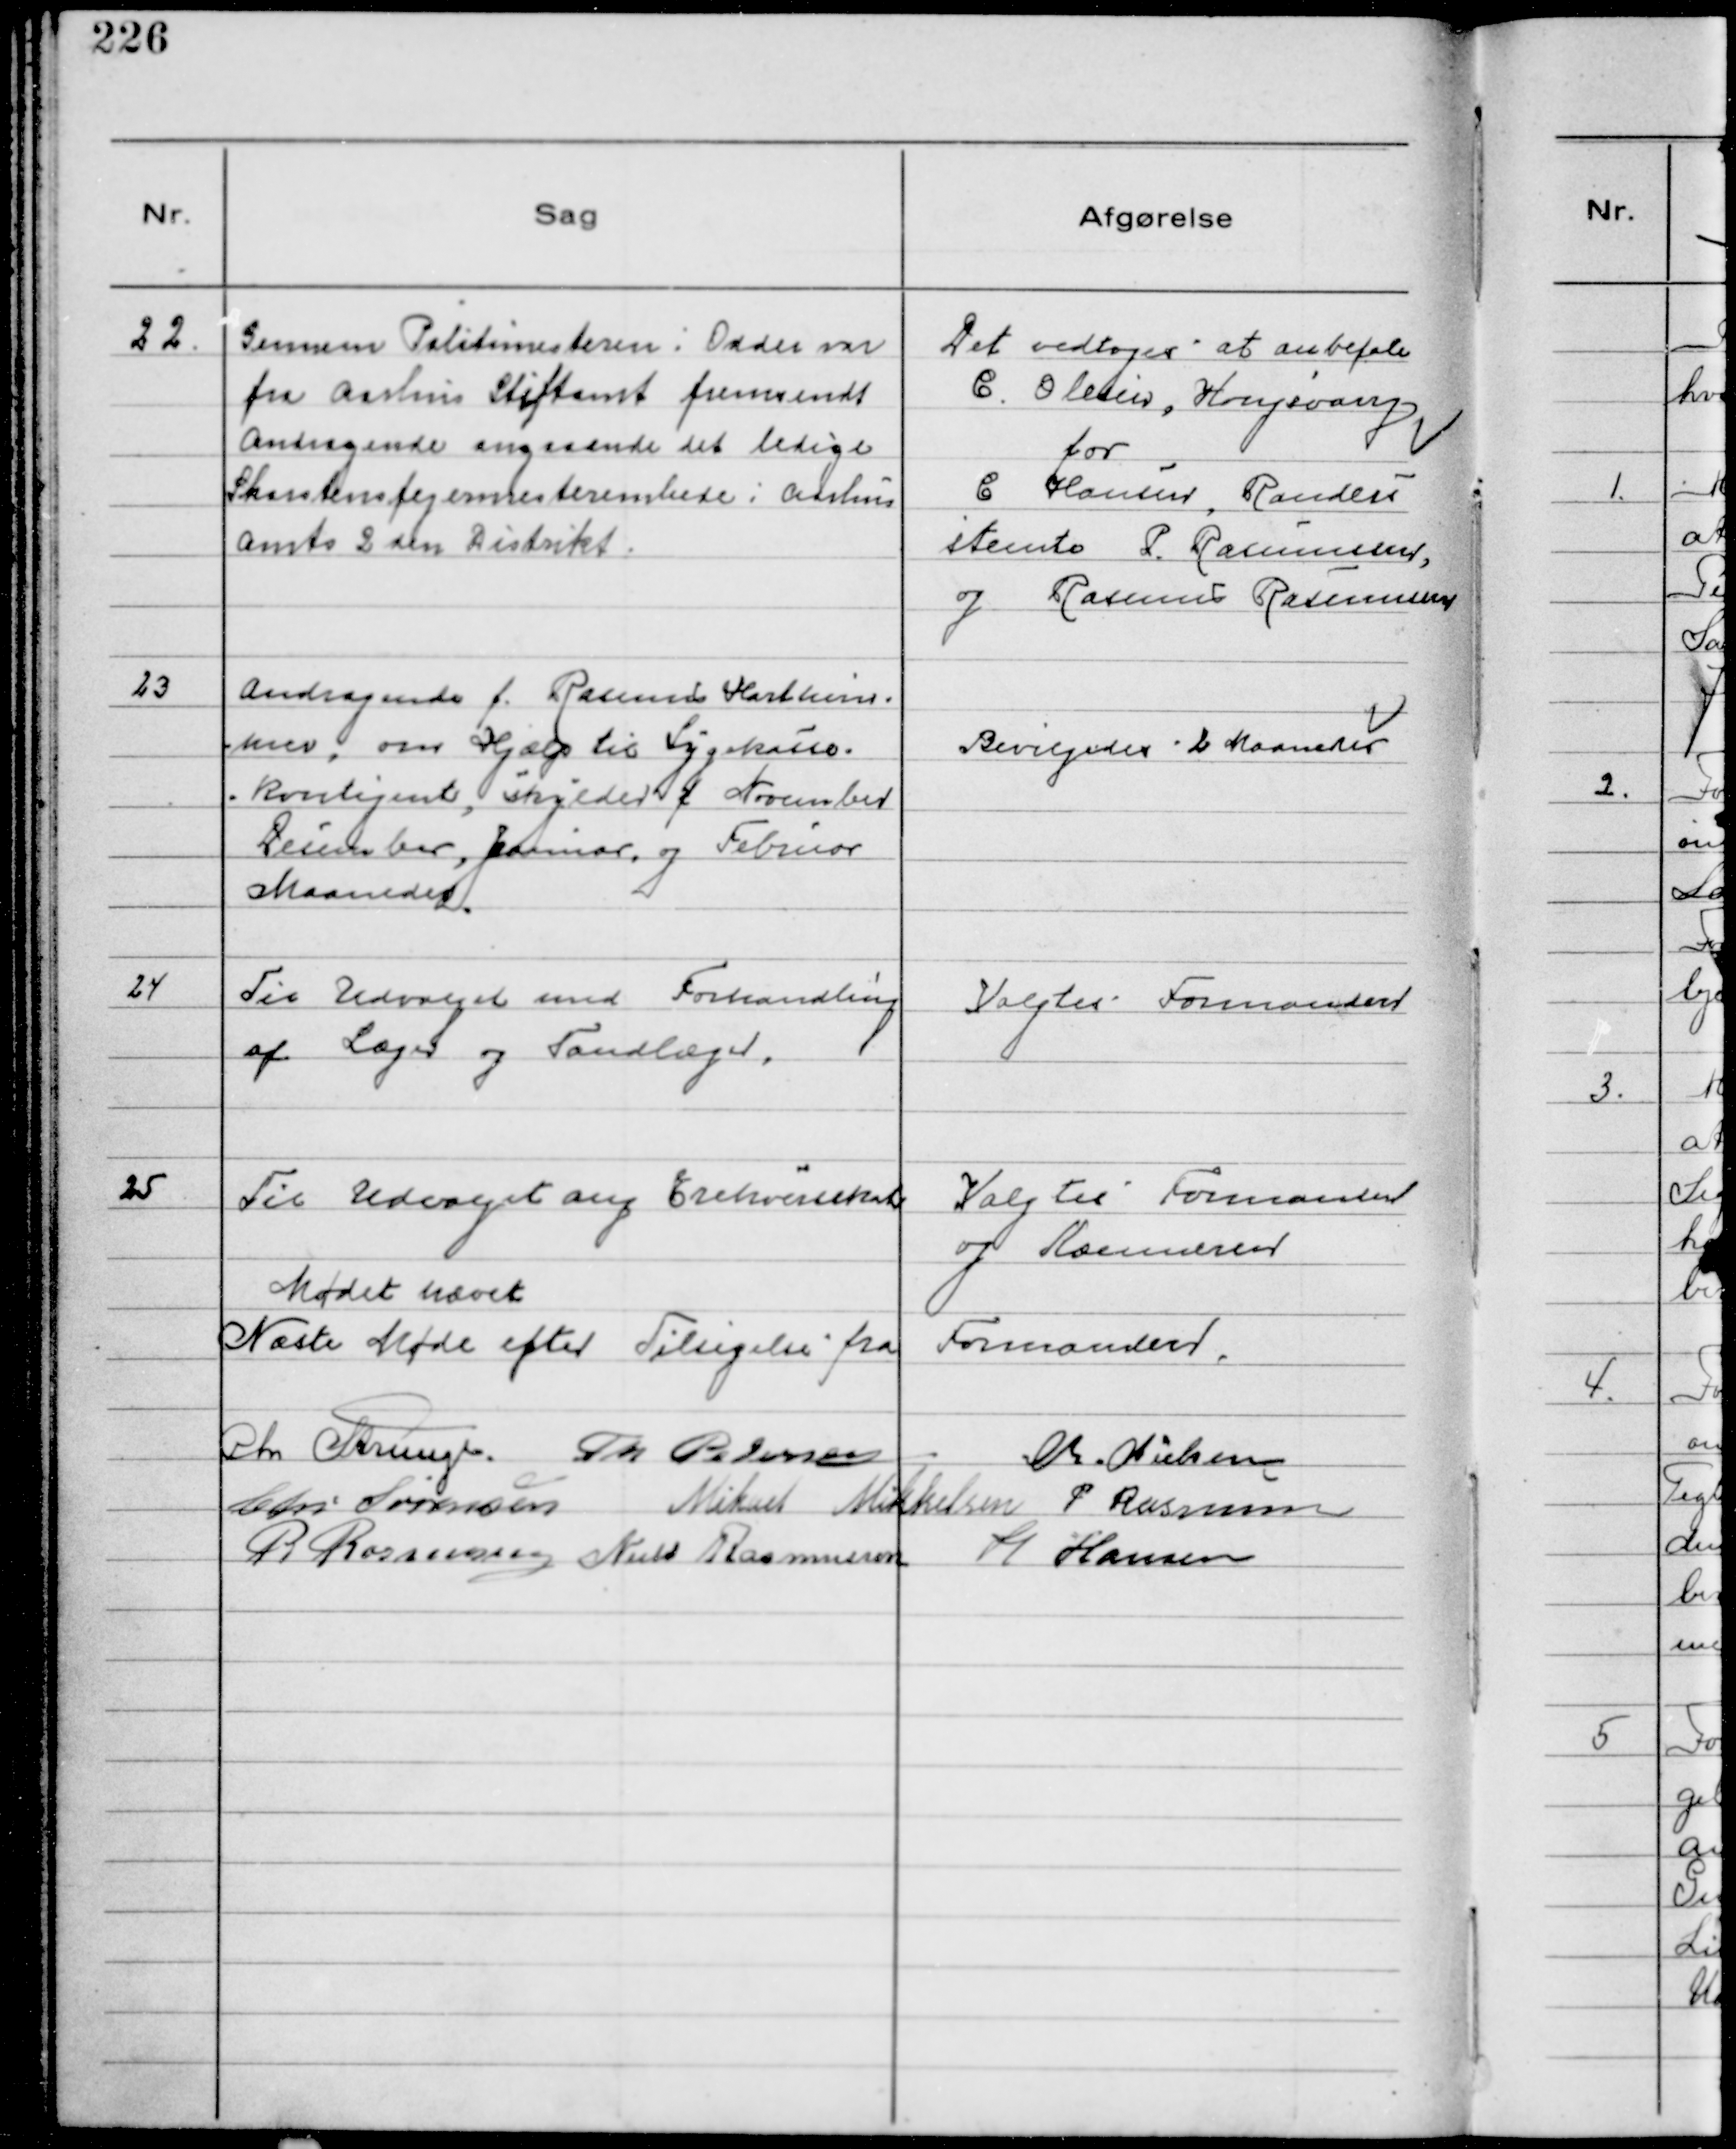
Transskription:
22.
Gennem Politimesteren i Odder var
fra Aarhus Stiftamt fremsendt
Andragende angaaende det ledige
Skorstensfejermesterembede i Aarhus
Amts 2den Distrikt.

Det vedtoges at anbefale
C. Olesen, Kongsvang
for
C Hansen, Randers
stemte P. Rasmussen
og Rasmus Rasmussen

23
Andragende f. Rasmus Harthim-
mer, om Hjælp til Sygekasse-
kontigent, skylder f November
December, Januar, og Februar
Maaneder.

Bevilgedes 2 Maaneder

24
Til Udvalget med Forhandling
af Læger og Tandlæger,

Valgtes Formanden

25
Til Udvalget ang Erhvervsskat

Valgtes Formanden
og Kassereren

Mødet hævet
Næste Møde efter Tilsigelse fra Formanden.
Chr Strunge. Th Pedersen
Chr. Nielsen
Chr. Sørensen Mikael Mikkelsen P Rasmussen
R Rasmussen Niels Rasmussen H Hansen